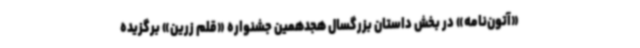
«آتون‌نامه» در بخش داستان بزرگسال هجدهمین جشنواره «قلم زرین» برگزیده